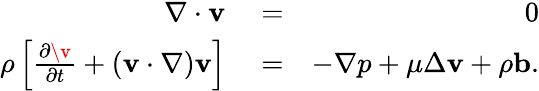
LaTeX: \begin{array}{rlr}{\nabla\cdot\mathbf{v}}&{{}=}&{0}\\ {\rho\left[\frac{\partial\v}{\partial t}+(\mathbf{v}\cdot\nabla)\mathbf{v}\right]}&{{}=}&{-\nabla p+\mu\Delta\mathbf{v}+\rho\mathbf{b}.}\end{array}